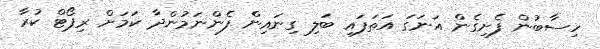
ހިސާބުން ފެށިގެން އަނަގަ އަތަފައި ބަލި ގިނައިން ފެންނަމުންދާ ކަމަށް ރިޕޯޓް ކުރާ